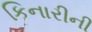
કિનારીની